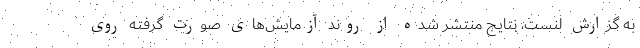
به گزارش لنست، نتایج منتشر شده از روند آزمایش‌های صورت گرفته روی